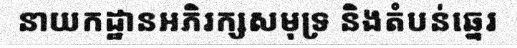
នាយកដ្ឋានអភិរក្សសមុទ្រ និងតំបន់ឆ្នេរ